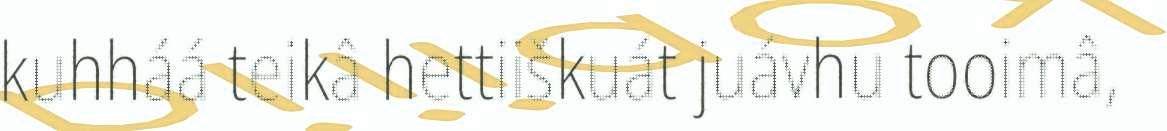
kuhháá teikâ hettiiškuát juávhu tooimâ,